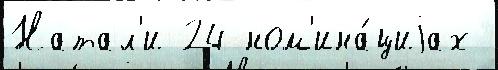
Натал'и 24 ном'ина́циjах